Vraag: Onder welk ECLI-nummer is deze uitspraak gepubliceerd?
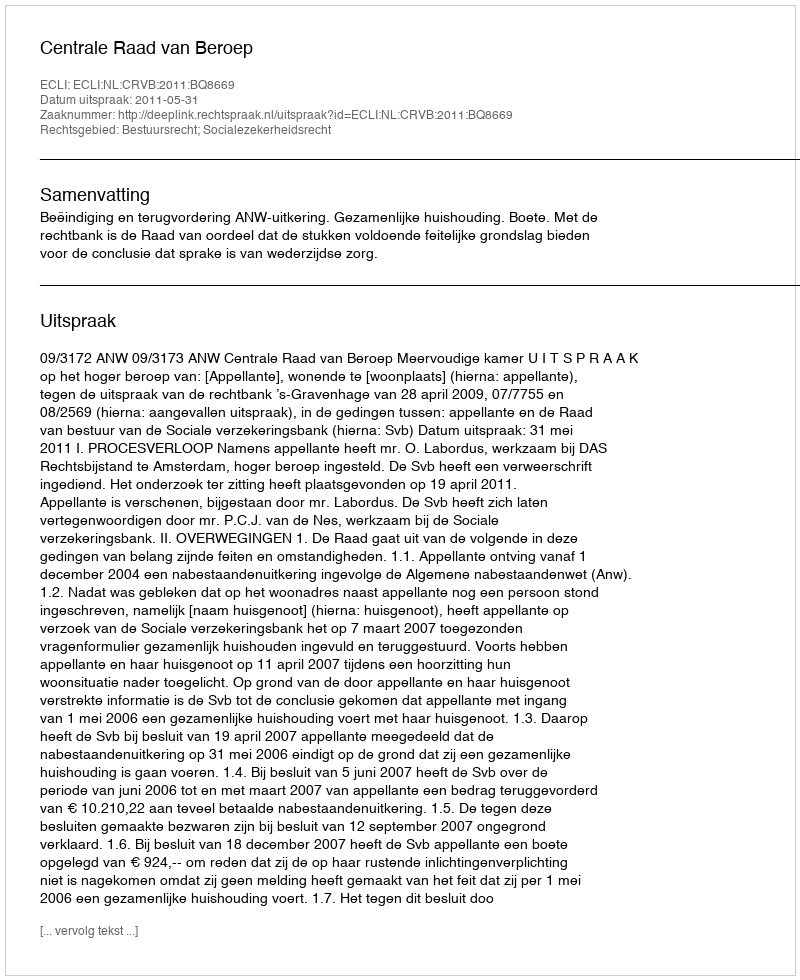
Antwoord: ECLI:NL:CRVB:2011:BQ8669